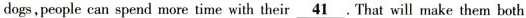
dogs,people can spend more time with their\underline{41}.That will make them both